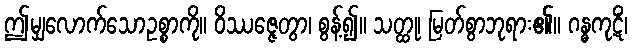
ဤမျှလောက်သောဥစ္စာကို။ ဝိဿဇ္ဇေတွာ၊ စွန့်၍။ သတ္ထု၊ မြတ်စွာဘုရား၏။ ဂန္ဓကုဋိံ၊